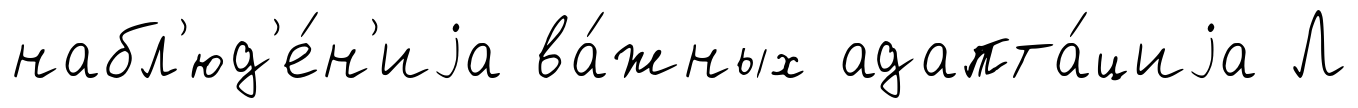
набл'юд'е́н'иjа ва́жных адапта́циjа Л